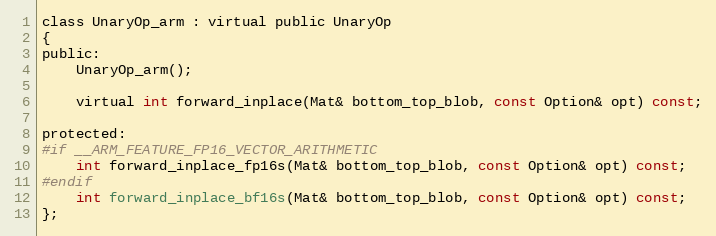
Language: C
class UnaryOp_arm : virtual public UnaryOp
{
public:
    UnaryOp_arm();

    virtual int forward_inplace(Mat& bottom_top_blob, const Option& opt) const;

protected:
#if __ARM_FEATURE_FP16_VECTOR_ARITHMETIC
    int forward_inplace_fp16s(Mat& bottom_top_blob, const Option& opt) const;
#endif
    int forward_inplace_bf16s(Mat& bottom_top_blob, const Option& opt) const;
};